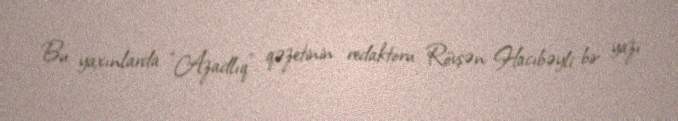
Bu yaxınlarda “Azadlıq” qəzetinin redaktoru Rövşən Hacıbəyli bir yazı